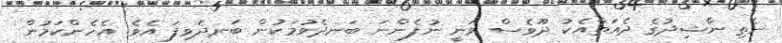
ނެތި ނާޝިދުގެ ދެއަތާއެކު ދޫވެސް ވަނީ ނުފެންނަ ބަނދެވުމަކުން ބަނދެވިފަ އެވެ. އެހެންކަމުން